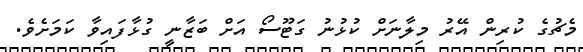
މެޗުގެ ކުރިން އޭރު މިލާނަށް ކުޅުނު ގަޓޫސޯ އަށް ބަޒާނީ ގުޅާފައިވާ ކަމަށެވެ.